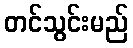
တင်သွင်းမည်